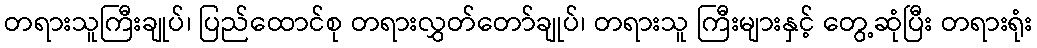
တရားသူကြီးချုပ်၊ ပြည်ထောင်စု တရားလွှတ်တော်ချုပ်၊ တရားသူ ကြီးများနှင့် တွေ့ဆုံပြီး တရားရုံး